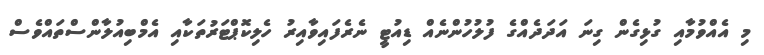
މި އެއްވުމާއި ގުޅިގެން ގިނަ އަދަދެއްގެ ފުލުހުންނެއް ޑިއުޓީ ނެރެފައިވާއިރު ހެލިކޮޕްޓަރުތަކާއި އެމްބިއުލާންސްތައްވެސް